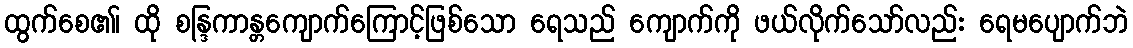
ထွက်စေ၏၊ ထို စန္ဒြကာန္တကျောက်ကြောင့်ဖြစ်သော ရေသည် ကျောက်ကို ဖယ်လိုက်သော်လည်း ရေမပျောက်ဘဲ